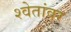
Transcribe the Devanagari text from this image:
श्वेतांवर